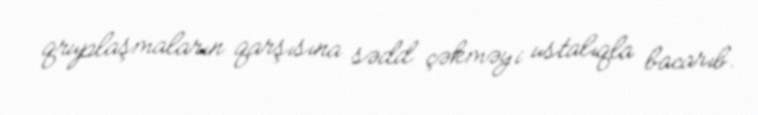
qruplaşmaların qarşısına sədd çəkməyi ustalıqla bacarıb.